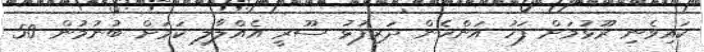
ކައިވެނި ރޫޅުމަށް ފަހު އަންހެން ދަރިފުޅު ސޫރީ އެއްލާލި ކަމަށް ބުނުމުން 50